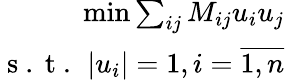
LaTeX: \begin{array}{r}{\operatorname*{min}\sum_{ij}M_{ij}u_{i}u_{j}}\\ {\mathrm{~s~.~t~.~}\left|u_{i}\right|=1,i=\overline{{1,n}}}\end{array}